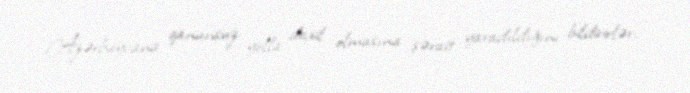
Azərbaycana qanunsuz yolla daxil olmasına şərait yaradıldığını bildirirlər.